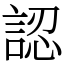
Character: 認